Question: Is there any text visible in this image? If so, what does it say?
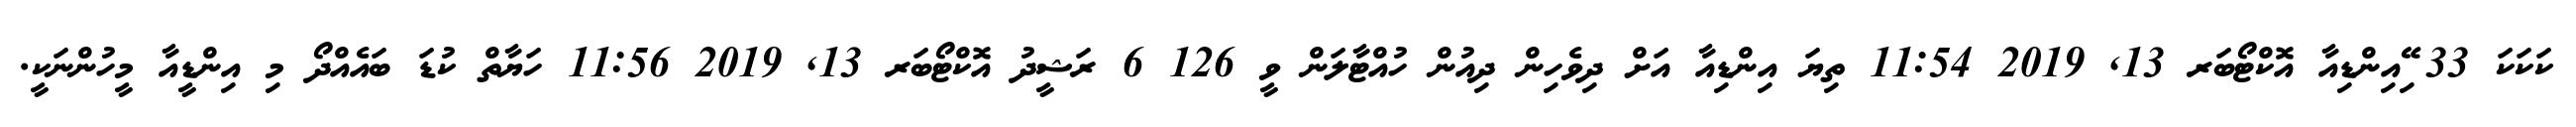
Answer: ކަކަކަ 33 ޭިއިންޑިއާ އޮކްޓޯބަރ 13, 2019 11:54 ތިޔަ އިންޑިއާ އަށް ދިވެހިން ދިއުން ހުއްޓާލަން ވީ 126 6 ރަޝީދު އޮކްޓޯބަރ 13, 2019 11:56 ހަޔާތް ކުޑަ ބައެއްދޯ މި އިންޑީއާ މީހުންނަކީ.